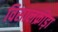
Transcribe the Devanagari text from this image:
विसालक्रीड़ा